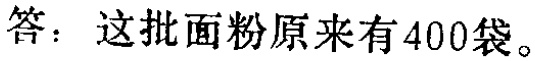
答：这批面粉原来有400袋。